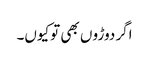
اگر دوڑو ں بھی توکیوں۔